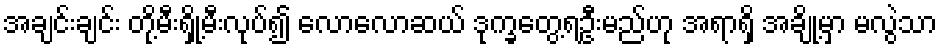
အချင်းချင်း တို့မီးရှို့မီးလုပ်၍ လောလောဆယ် ဒုက္ခတွေ့ရဦးမည်ဟု အရာရှိ အချို့မှာ မလွဲသာ